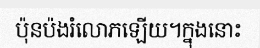
ប៉ុនប៉ងរំលោភឡើយ។ក្នុងនោះ